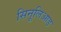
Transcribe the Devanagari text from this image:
सिनूलिआड